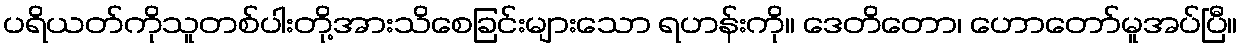
ပရိယတ်ကိုသူတစ်ပါးတို့အားသိစေခြင်းများသော ရဟန်းကို။ ဒေတိတော၊ ဟောတော်မူအပ်ပြီ။